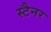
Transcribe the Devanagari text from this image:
स्टैनर